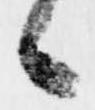
候